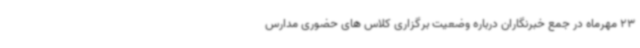
23 مهرماه در جمع خبرنگاران درباره وضعیت برگزاری کلاس های حضوری مدارس